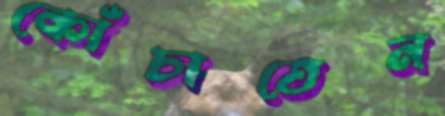
কোঁচাতেন